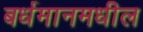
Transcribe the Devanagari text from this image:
बर्धमानमधील